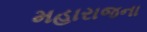
મહારાજના